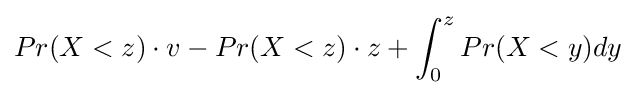
Pr(X<z)\cdot v-Pr(X<z)\cdot z+\int _{0}^{z}Pr(X<y)dy